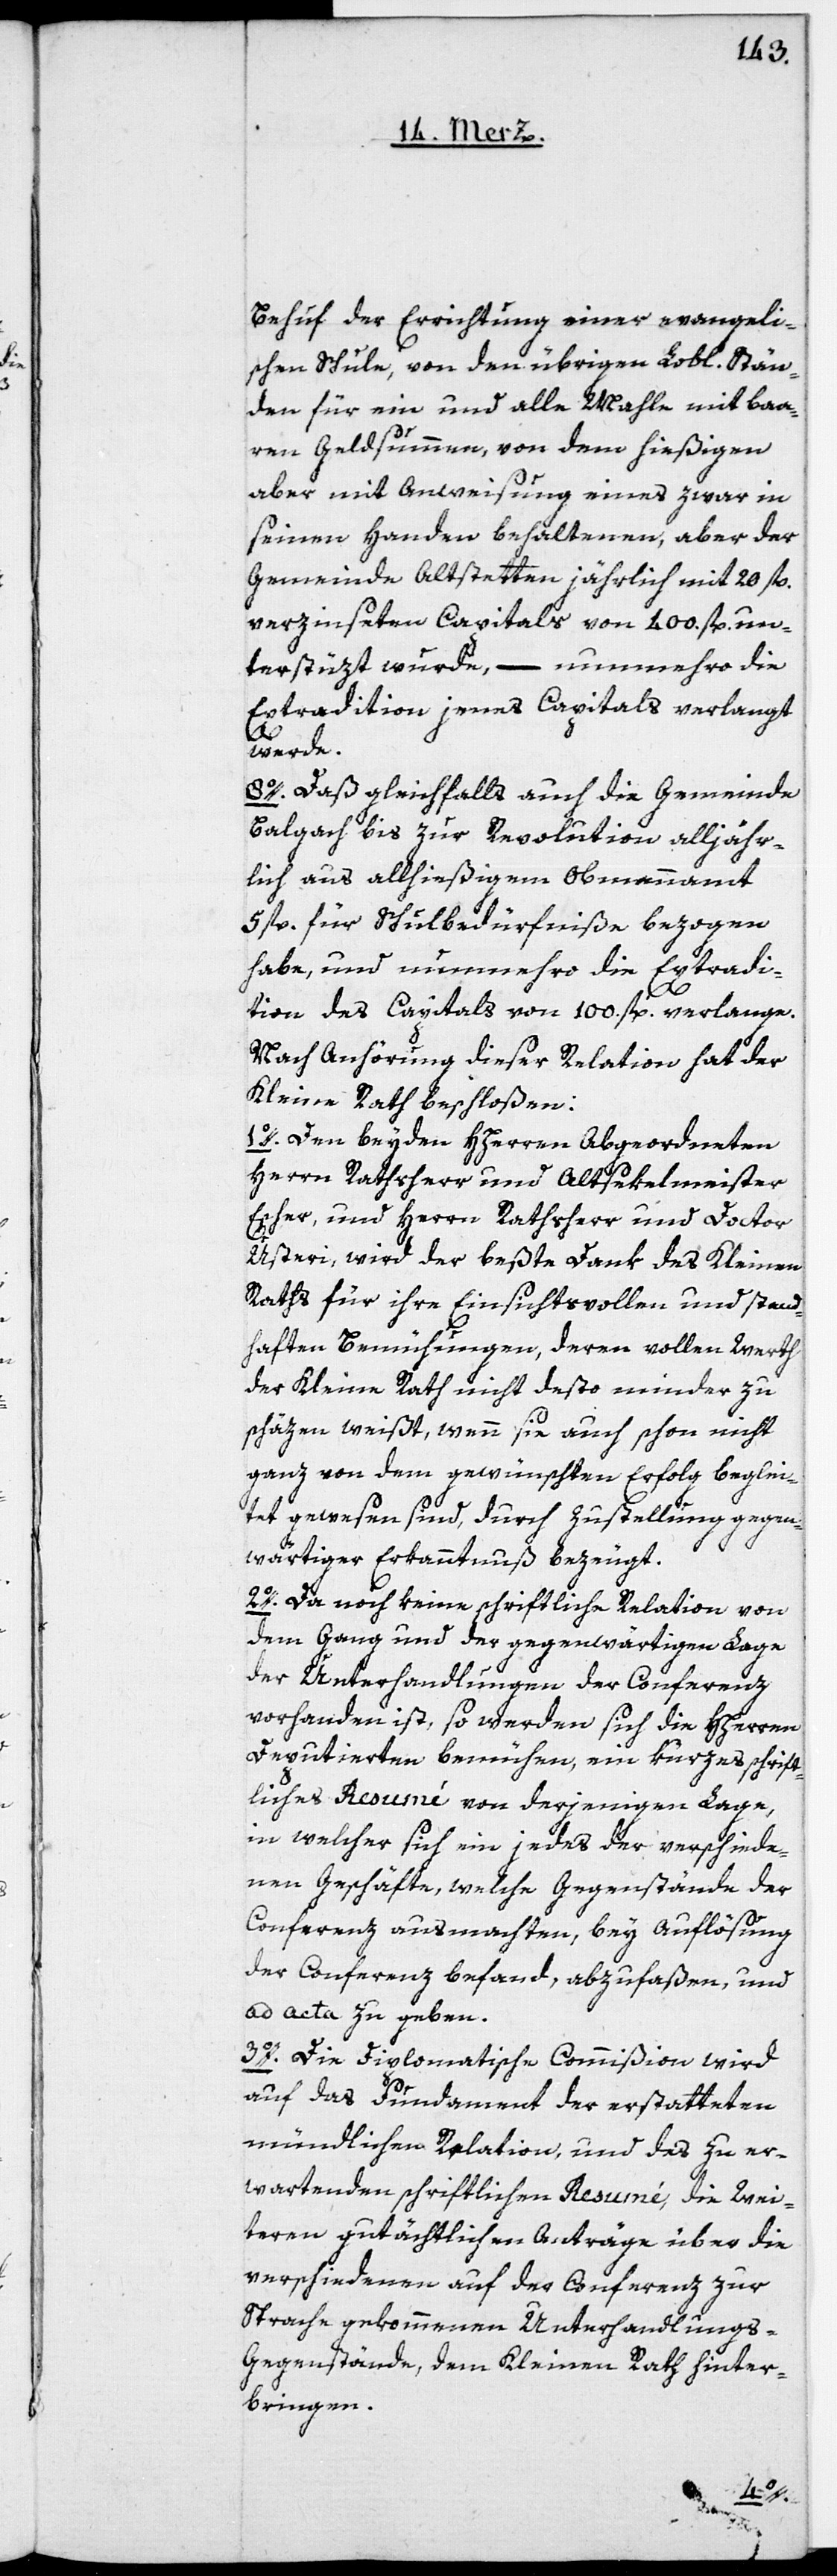
Behuf der Errichtung einer evangeli¬
schen Schule, von den übrigen Lobl. Stän¬
den für ein und alle Mahle mit baa¬
ren Geldsummen, von dem hießigen,
aber mit Anweisung eines zwar in
seinen Handen behaltenen, aber der
Gemeinde Altstetten jährlich mit 20 fl.
verzinseten Capitals von 400. fl. un¬
terstüzt wurde, – nunmehro die
Extradition jenes Capitals verlangt
werde.
8o. Daß gleichfalls auch die Gemeinde
Balgach bis zur Revolution alljähr¬
lich aus allhießigem Obmannamt
5 fl. für Schulbedürfniße bezogen
habe, und numehro die Extradi¬
tion des Capitals von 100 fl. verlange.
Nach Anhörung dieser Relation hat der
Kleine Rath beschloßen:
1o. Den beyden HHerren Abgeordneten,
Herrn Ratsherr und Altsekelmeister
Escher, und Herrn Rathsherr und Doctor
Usteri, wird der beßte Dank des kleinen
Raths für ihre Einsichtsvollen und stand¬
haften Bemühungen, deren vollen Werth
der Kleine Rath nicht desto minder zu
schäzen weißt, wenn sie auch schon nicht
ganz von dem gewünschten Erfolg beglei¬
tet gewesen sind, durch Zustellung gegen¬
wärtiger Erkanntnus bezeugt.
2o. Da noch keine schriftliche Relation von
dem Gang und der gegenwärtigen Lage
der Unterhandlungen der Conferenz
vorhanden ist, so werden sich die HHerren
Deputierten bemühen, ein kurzes schrift¬
liches Resumé von derjenigen Lage,
in welcher sich ein jedes der verschiede¬
nen Geschäfte, welche Gegenstände der
Conferenz ausmachten, bey Auflösung
der Conferenz befand, abzufaßen, und
ad acta zu geben.
3o. Die diplomatische Commißion wird
auf das Fundament der erstatteten
mündlichen Relation, und des zu er¬
wartenden schriftlichen Resumé, die wei¬
teren geschäftlichen Anträge über die
verschiedenen auf der Conferenz zur
Sprache gekommenen Unterhandlungs-G¬
egenstände, dem Kleinen Rath hinter¬
bringen.